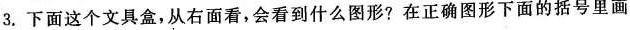
3.下面这个文具盒，从右面看，会看到什么图形?在正确图形下面的括号里画